Vital statistics of India. Vol. VI, European troops 1870-79
Year: 1870
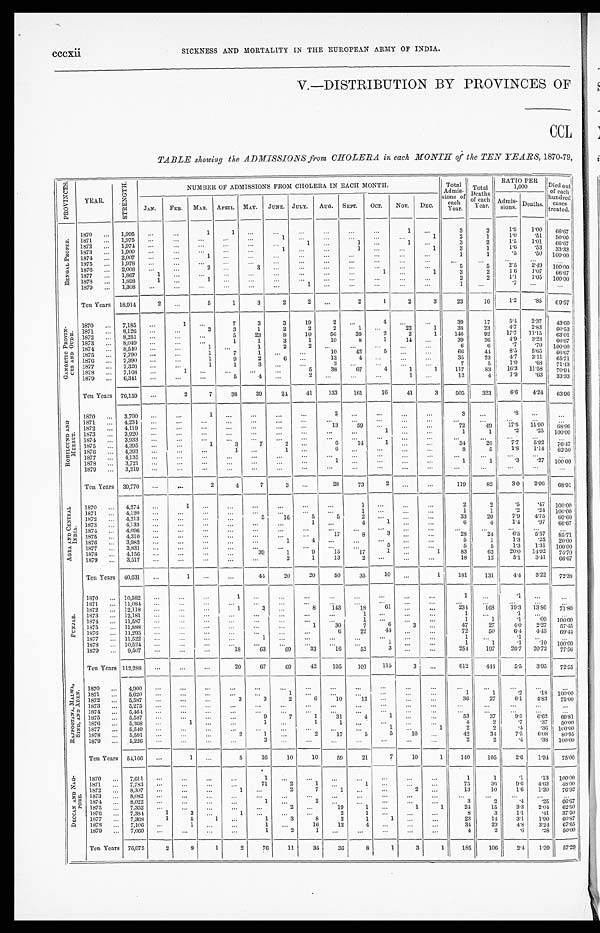
cccxii
SICKNESS AND MORTALITY IN THE EUROPEAN ARMY OF INDIA.
V.—DISTRIBUTION BY PROVINCES OF
CCL
TABLE showing the ADMISSIONS from CHOLERA in each MONTH of the TEN YEARS, 1870-79,
P R O V I N C E S .
YEAR.
S T R E N G T H .
NUMBER OF ADMISSIONS FROM CHOLERA IN EACH MONTH.
Total
Admis-
sions of
each
Year.
T o t a l
Deaths
of each
Year.
RATIO PER
1,000
D i e d o u t
o f e a c h
h u n d r e d
c a s e s
treated.
JAN.
FEB. MAR.
APRIL. MAY. JUNE. JULY. AUG. SEPT. OCT. NOV.
DEC.
Admis-
sions. Deaths.
B E N G A L P R O P E R .
1870 ... 1,995 . . .
. . .
1
1 ...
...
. . . ...
...
. . .
1 ...
3
2
15
1.00 66. 67
1871 ... 1,975 . . .
...
...
...
. . .
1 ...
. . .
. . .
. . . ...
1
2
1
1 . 0
. 5 1 50. 00
1872 ... 1,974 ...
...
...
...
...
...
1 ...
1
. . .
1
. . .
3
2
1.5
1 . 0 1
66.67
1873 ... 1,900 ...
...
...
. . .
...
1 ...
. . .
1 ...
...
1
3
1
1 . 6
. 5 3 33. 33
1874 ... 2,007 ...
...
1 . . .
...
...
. . .
. . . ...
. . . ...
...
1
1
. 5 .50 100.00
1875 ... 1,978 ...
...
. . .
. . .
...
. . . ...
...
. . .
. . . ...
. . .
...
...
...
...
. . .
1876 ... 2,008 ...
. . .
2 ...
3
. . . ...
. . . ...
...
...
...
5
5
2 . 5
2 . 4 9 100. 00
1877 ... 1,867
1 ...
...
. . .
...
. . . ...
...
...
1 ...
1
3
2
1 . 6 1.07 66.67
1878 ... 1,898
1 ...
1 ...
...
. . .
. . .
. . .
. . .
. . .
...
...
2
2
1.1
1.05 100. 00
1879 ... 1,308 ...
. . .
. . .
. . . ...
...
1 ...
. . .
...
. . . ...
1
...
. 7
. . .
. . .
Ten Years 18,914
2
. . .
5
1
3
2
2 ...
2
1
2
3
23
16
1.2
. 8 5 69.57
G A N G E T I C P R O V I N -
C E S A N D O U D H .
1870 ... 7,185
. . .
1 ...
7
3
3
19
2
. . .
4 ...
...
39
17
5.4
2.37
43. 60
1871 ... 8,126 ...
...
3
3
1
2
2
2
1 ...
23
1
38
23
4.7
2.83
60.53
1872 ... 8,251 . . .
...
...
5
23
8
10
56
39
2
2
1
146
92
17.7 11.15
63.01
1873 ... 8,049 ...
. . .
...
1
1
3
1
10
8
1
14 ...
39
26
4 . 9
3.23
66.67
1874 ... 8,540
...
...
1 . . .
1
2
2
. . . ...
... ...
. . .
6
6
. 7
. 7 0 100.00
1875 ... 7,790
...
...
1
7
1 ...
. . .
10
42
5 ...
...
66
44
8.5
5 . 6 5 66.67
1876 ... 7,390 ...
. . .
1
9
2
6
. . . 13
4
. . . ...
...
35
23
4. 7
3.11 65.71
1877 ... 7,326
. . .
. . .
1
1
3 ...
. . .
2
. . .
. . .
...
...
7
5
1 . 0
.68 71.43
1878 ... 7,168 ...
1 ...
...
...
. . .
5
3 8
67
4
1
1
117
83
16.3 11.58
70. 94
1879 ... 6,341
. . .
...
. . .
5
4
. . .
2
. . . ...
. . .
1 ...
12
4
1.9
.63 33. 33
Ten Years 76,159
. . .
2
7
38
39
24
41
133
161
16
41
3
505
323
6.6
4.24 63.96
R O H I L C U N D A N D
M E E R U T .
1870 ... 3,700 ...
...
1 ...
...
...
...
2 ...
. . .
. . . . . .
3
. . .
. 8
. . . . . .
1871 ...
4,234
...
...
. . .
. . .
. . .
. . .
. . .
. . .
. . .
. . .
. . .
. . .
...
. . .
. . .
. . .
. . .
1872 ... 4,119 . . .
. . .
. . .
. . .
. . .
. . .
. . .
1 3 59 ...
...
...
72
49
17. 5
1 1 . 9 0
6 8 . 0 6
1873 ... 3,920 ...
. . .
...
. . .
. . .
. . .
. . .
. . .
. . .
1 ...
...
1
1
. 2
. 2 5 100. 00
1874 ... 3,933
. . .
...
...
...
...
...
. . .
. . .
...
. . .
. . .
. . .
. . .
. . .
. . .
. . .
. . .
1875 ... 4,395
. . .
...
1
3
7
2
. . .
6
14
1
. . . ...
3 4
26
7.7 5.92 76.47
1876 ... 4,393
. . .
...
...
1
. . .
1 ...
6 ...
. . . ...
. . .
8
5
1.8 1.14 62.50
1877 ... 4,135 . . .
...
...
...
. . . ...
...
...
. . .
. . .
. . .
. . .
. . .
. . .
. . .
. . .
. . .
1878 ... 3,721 ...
...
. . .
...
. . .
...
. . .
1 ...
...
. . .
. . .
1
1
.3
.27 100.00
1879 ... 3,219 ...
. . .
...
...
...
...
. . .
. . .
. . .
. . .
...
. . .
. . .
. . .
. . .
. . . ...
Ten Years 39,770 ...
...
2
4
7
3
. . . 28
73
2 ...
...
1 1 9
82
3.0 2.06 68.91
A G R A A N D C E N T R A L
I N D I A . 1870 ... 4,274 ...
1 ...
...
...
...
...
...
1 ...
...
...
2
2
.5
.47 100.00
1871 ... 4,120 ...
. . .
. . .
...
. . .
. . .
. . .
. . .
1
. . .
...
...
1
1
.2
.24 100.00
1872 ... 4,213 ...
...
...
. . .
5
16
5
5
2
. . . ...
...
33
20
7.9 4.75 60.60
1873 ... 4,133 ...
...
...
. . .
...
. . .
1
. . .
4
1 ...
. . .
6
4
1.4
.97 66. 67
1874 ... 4,096 ...
...
. . .
...
. . .
...
. . .
. . . ...
. . . ...
. . .
...
. . .
...
. . .
. . .
1875 ..
4,310 ...
...
...
...
...
...
...
17
8
3
...
...
2 8
24
6.5 5.57
8 5 . 7 1
1876 ... 3,982 ...
...
...
...
...
1
4 ...
...
... ...
...
5
1
1.3
. 2 5 20.00
1877 ... 3,831 ...
. . .
. . .
. . .
. . .
. . .
. . .
. . . ...
5 ...
. . .
5
5
1.3 1.31 100.00
1878 ... 4,156 ...
...
...
. . .
39
1
9
15
17
1 ...
1
83
62
20.0 14.92 74.70
1879 ... 3,517 ...
...
...
. . .
...
2
1
13
2 . . . ...
. . .
18
12
5.1 3.41 66.67
Ten Years 40,631 ...
1 ...
...
44
20
20
50
35
10 ...
1
181
131
4 . 4
3.22 72.38
P U N J A B .
1870 ... 10,582 ...
. . . ...
1 ...
. . .
. . . . . .
...
...
...
. . .
1
...
. 1
. . .
. . .
1871 ... 11,084 . . .
...
...
...
. . .
. . .
. . .
. . .
. . .
. . ....
...
...
. . .
...
...
. . .
1872 ... 12,118 ...
...
...
1
3
. . .
8
143
18
6 1 ...
...
234 168
19.3 13.86
7 1 . 8 0
1873 ... 12,181
. . .
. . .
. . .
...
...
...
. . . ...
1
. . .
...
. . .
1
. . .
.1
. . .
. . .
1874 ... 11,587 ...
...
...
. . .
...
. . .
. . .
. . .
1 ... ...
. . .
1
1
. 1
.09
1 0 0 . 0 0
1875 ... 11,888
. . .
...
...
...
...
...
1
30
7
6
3 ...
47
27
4.0
2.27 57.45
1876 ... 11,295 ...
. . .
. . .
...
...
. . . ...
6
22
44
. . . ...
72
50
6.4 4.43 69.44
1877 ... 11,522 ...
...
...
...
1
. . .
. . .
. . .
. . .
. . .
. . .
. . .
1 ...
. 1
. . .
. . .
1878 ... 10,524
. . .
. . .
. . .
. . .
. . .
. . .
. . . ...
...
1
. . . ...
1
1
.1
.10 100.00
1879 ... 9,507
. . .
...
. . .
18
63
69
33
16
52
3 ...
. . .
254
197
26.7 20.72 77.56
Ten Years 112,288
. . .
. . .
. . .
20
67
69
42
195
101
115
3
. . .
612
444
5.5 3.95 72.55
R A J P O O T A N A , M A L W A ,
S I N D , A N D A D E N .
1870 ... 4,900
. . .
...
...
...
...
...
. . . ...
...
...
...
...
. . .
...
. . .
. . .
. . .
1871 ... 5,620 ...
. . .
. . . ...
...
1 ...
...
...
. . . ...
. . .
1
1
.2
.18 100.00
1872 ... 5,587
. . .
. . .
...
3
3
2
6
10
12 ...
.. .
. . .
36
27
6.1 4.83 75.00
1873 ... 5,275
. . .
. . . ...
. . .
. . .
...
...
...
. . .
. . .
. . . ...
...
. . .
. . .
. . .
. . .
1874 ... 5,464 ...
...
...
. . .
...
...
...
. . . ...
... ...
...
. . .
...
. . .
. . .
. . .
1875 ... 5,587
. . .
. . .
. . .
. . .
9
7
1
31
4
1
. . . ...
53
37
9.5
6.62 69.81
1876 ... 5,368
. . .
1 ...
. . .
1 ...
1
1 ...
. . . ...
...
4
2
.7
.37 50.00
1 8 7 7
. . . 5,549 ...
...
...
. . .
. . .
. . . ...
...
. . .
1
...
1
2
2
.4
.36 100.00
1878 ... 5,591 ...
...
...
2
1
...
2
17
5
5
10 ...
42
34
7.5 6.08 80.95
1879 ... 5,226 ...
...
. . .
. . .
2
. . .
...
. . .
. . .
. . .
. . .
. . .
2
2
. 4 .38 100.00
Ten Years 54,166 ...
1 . . .
5
16
10
10
59
21
7
10
1
140
105
2.6 1.94 75.00
D E C C A N A N D N A G -
P O R E . 1870 ... 7,611 ...
...
...
...
1 ...
. . . ...
...
. . . ...
...
1
1
.1
.13 100.00
1871 ... 7,783
. . .
...
...
. . .
71
2
1 ...
1 ...
...
. . .
75
36
9.6 4.63 48.00
1872
. . . 8,307 ...
...
...
1 ...
2
7
1
. . .
. . . 2
. . .
13
10
1.6 1.20 76.92
1873 ... 8,082 ...
...
...
...
. . .
. . .
. . .
. . .
. . .
. . .
...
. . .
...
. . .
. . .
. . .
. . .
1874 ... 8,022 ...
...
. . .
. . .
1
. . .
2
. . .
...
. . .
. . . ...
3
2
. 4
.25 66.67
1875
. . . 7,352
. . .
. . .
. . .
. . .
. . .
2
. . .
19
1 ...
1
1
24
15
3.3 2.04 62.50
1876 ... 7,384
1
3
. . .
1 ...
...
. . .
2
1 ...
. . .
. . .
8
3
1.1
.41 37.50
1877 ... 7,368
1
5
1 ...
1
3
8
2
1
1
. . .
. . .
23
14
3.1
1.90 60.87
1878 ... 7,106 ...
1
. . .
. . .
1 ...
16
12
4
. . . ...
...
3 4
23
4.8 3.24 67.65
1879 ... 7,060 ...
. . .
. . .
...
1
2
1
. . .
. . .
. . . ...
...
4
2
.6
.28 50.00
Ten Years 76,075
2
9
1
2
76
11
35
36
8
1
3
1
185
106
2.4 1.39 57.29